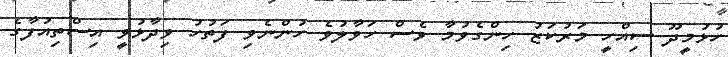
ހުޅުމީދޫ ސިއްހީ މަރުކަޒު ހިންގެވުމާ ވެސް ހަވާލުވެ ހުންނެވި ފަތުހު ވިދާޅުވީ އިސްތިއުފާގެ